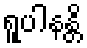
ရူပါနန္တိ